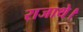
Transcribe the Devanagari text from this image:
राजाथे।